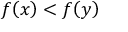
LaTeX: f \! \left( x \right) < f \! \left( y \right)